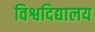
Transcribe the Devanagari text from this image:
विश्वदिद्यालय